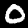
Digit: 0